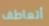
أتعاطف